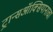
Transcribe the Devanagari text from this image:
ट्रान्सऑक्सियानाचा